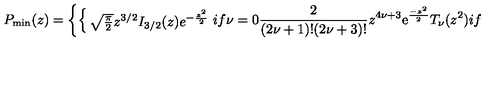
P _ { \mathrm { m i n } } ( z ) = \left\{ \begin{cases} { \sqrt { \frac { \pi } { 2 } } z ^ { 3 / 2 } I _ { 3 / 2 } ( z ) e ^ { - { \frac { z ^ { 2 } } { 2 } } } } & { i f \nu = 0 } \\ { { \frac { 2 } { ( 2 \nu + 1 ) ! ( 2 \nu + 3 ) ! } } z ^ { 4 \nu + 3 } \mathrm { e } ^ { \frac { - z ^ { 2 } } { 2 } } T _ { \nu } ( z ^ { 2 } ) } & { i f \nu > 0 . } \\ \end{cases} \right.